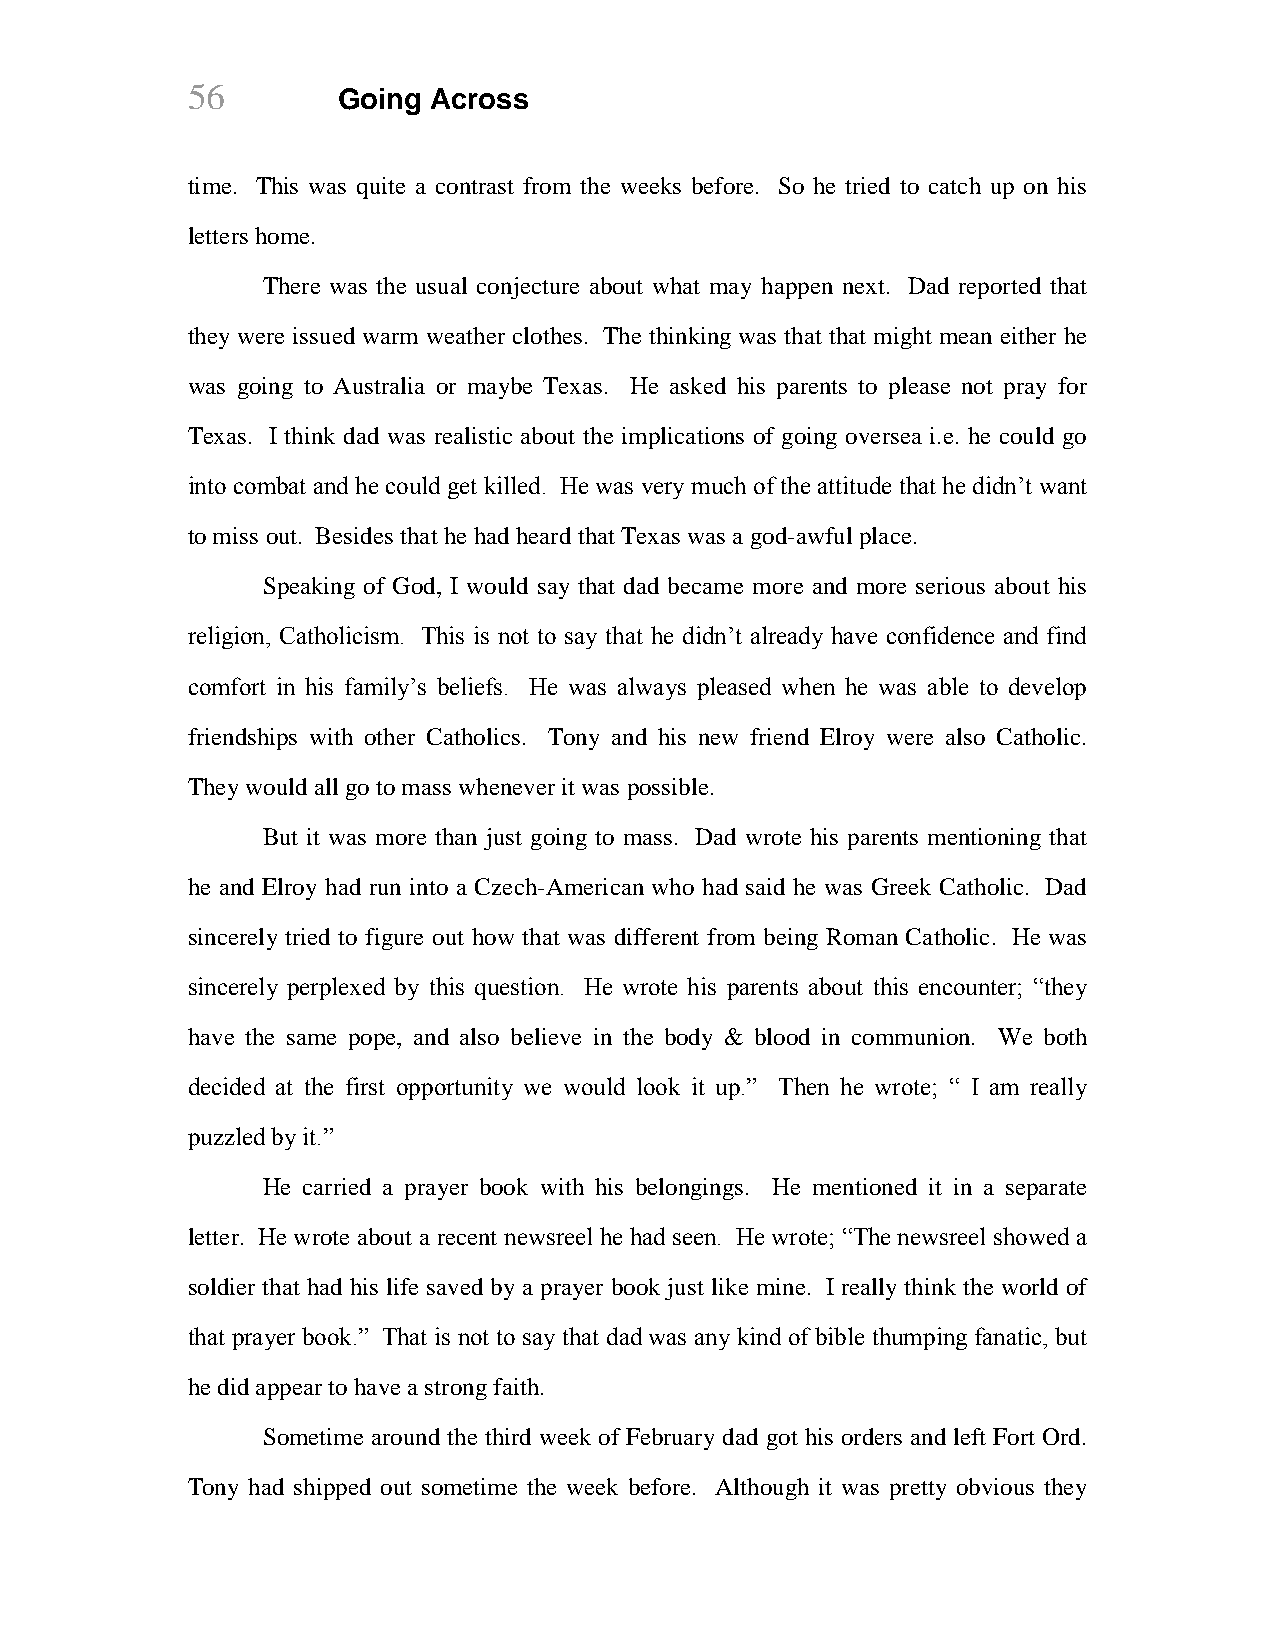
56        Going Across
 time. This was quite a contrast from the weeks before. So he tried to catch up on his
 letters home.
 There was the usual conjecture about what may happen next. Dad reported that
 they were issued warm weather clothes. The thinking was that that might mean either he
 was going to Australia or maybe Texas. He asked his parents to please not pray for
 Texas. I think dad was realistic about the implications of going oversea i.e. he could go
 into combat and he could get killed. He was very much of the attitude that he didn’t want
 to miss out. Besides that he had heard that Texas was a god-awful place.
 Speaking of God, I would say that dad became more and more serious about his
 religion, Catholicism. This is not to say that he didn’t already have confidence and find
 comfort in his family’s beliefs. He was always pleased when he was able to develop
 friendships with other Catholics. Tony and his new friend Elroy were also Catholic.
 They would all go to mass whenever it was possible.
 But it was more than just going to mass. Dad wrote his parents mentioning that
 he and Elroy had run into a Czech-American who had said he was Greek Catholic. Dad
 sincerely tried to figure out how that was different from being Roman Catholic. He was
 sincerely perplexed by this question. He wrote his parents about this encounter; “they
 have the same pope, and also believe in the body & blood in communion. We both
 decided at the first opportunity we would look it up.” Then he wrote; “ I am really
 puzzled by it.”
 He carried a prayer book with his belongings. He mentioned it in a separate
 letter. He wrote about a recent newsreel he had seen. He wrote; “The newsreel showed a
 soldier that had his life saved by a prayer book just like mine. I really think the world of
 that prayer book.” That is not to say that dad was any kind of bible thumping fanatic, but
 he did appear to have a strong faith.
 Sometime around the third week of February dad got his orders and left Fort Ord.
 Tony had shipped out sometime the week before. Although it was pretty obvious they